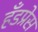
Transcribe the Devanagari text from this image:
हँडप्रेस